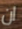
ان